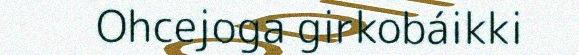
Ohcejoga girkobáikki